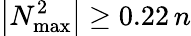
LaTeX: \left|N_{\operatorname*{max}}^{2}\right|\geq 0.22\, n